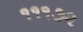
૧૧૧૭૨